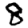
Digit: 8